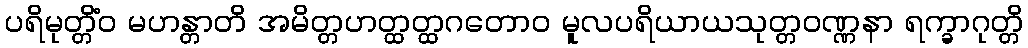
ပရိမုတ္တိံဝ မဟန္တာတိ အမိတ္တဟတ္ထတ္ထဂတောဝ မူလပရိယာယသုတ္တဝဏ္ဏနာ ရက္ခာဂုတ္တိ